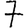
Digit: 7